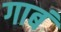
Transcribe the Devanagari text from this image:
गाबं